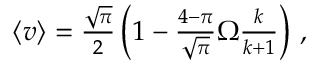
\begin{array} { r } { \left\langle v \right\rangle = \frac { \sqrt { \pi } } { 2 } \left( 1 - \frac { 4 - \pi } { \sqrt { \pi } } \Omega \frac { k } { k + 1 } \right) \, , } \end{array}